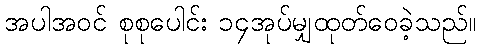
အပါအဝင် စုစုပေါင်း ၁၄အုပ်မျှထုတ်ဝေခဲ့သည်။